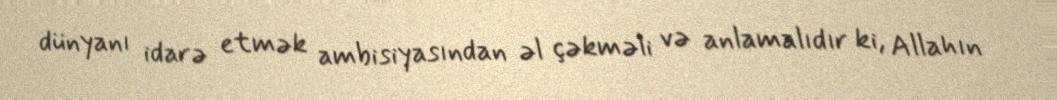
dünyanı idarə etmək ambisiyasından əl çəkməli və anlamalıdır ki, Allahın